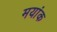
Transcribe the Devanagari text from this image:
मयांक